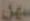
سهل